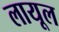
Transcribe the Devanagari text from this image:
लायूल